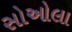
સોઓલા